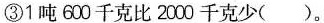
③1吨600千克比2000千克少（）。